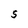
Character: S